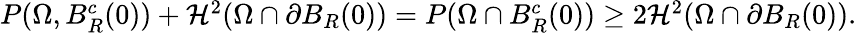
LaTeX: \begin{array}{r}{P(\Omega,B_{R}^{c}(0))+\mathcal H^{2}(\Omega\cap\partial B_{R}(0))=P(\Omega\cap B_{R}^{c}(0))\geq 2\mathcal H^{2}(\Omega\cap\partial B_{R}(0)).}\end{array}